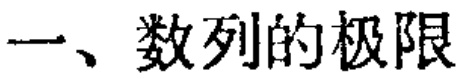
一、数列的极限